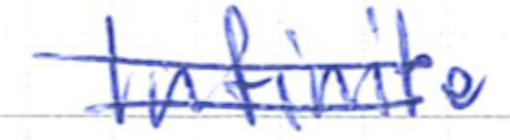
Text: Infinite
Cross-out: double-line
Writing tool: ballpoint